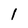
Character: 1